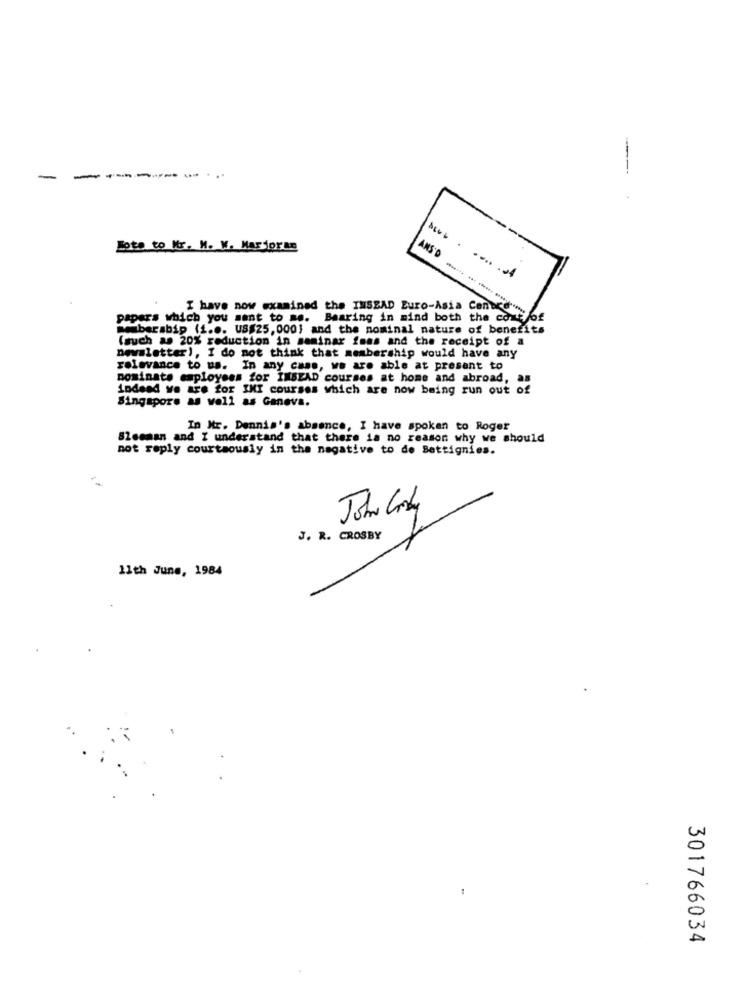
-
-------
-
Jote to Kr. M. W. Marforan
.... .......
I have now examined the INSEAD Euro-Asia
Centre
papers which you want to me. Bearing in mind both the cont
membersbip (1 ... US$25, 000} and the nominal nature of benefits
(such as 20% reduction in seminar imas and the receipt of a
newsletter), I do not think that membership would have any
relevance to us. In any case, we are able at present to
nominate employees for INSEAD courses at home and abroad, as
indeed we are for IMI courses which are now being run out of
Singapore as well as Ganeva.
In Mr. Dennis's absence, I have spoken to Roger
Sleeman and I understand that there is no reason why we should
not reply courteously in the negative to de Bettignies.
J. R. CROSBY
11th June, 1984
301766034